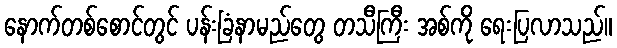
နောက်တစ်စောင်တွင် ပန်းခြံနာမည်တွေ တသီကြီး အစ်ကို ရေးပြလာသည်။